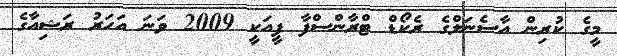
މީގެ ކުރިން އާސެނަލްގެ ރެކޯޑް ޓްރާންސްފާ ފީއަކީ 2009 ވަނަ އަހަރު ރަޝިއާގެ